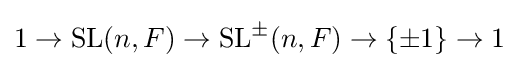
1\to \operatorname {SL} (n,F)\to \operatorname {SL} ^{\pm }(n,F)\to \{\pm 1\}\to 1